Vital statistics of India. Vol. VI, European troops 1870-79
Year: 1870
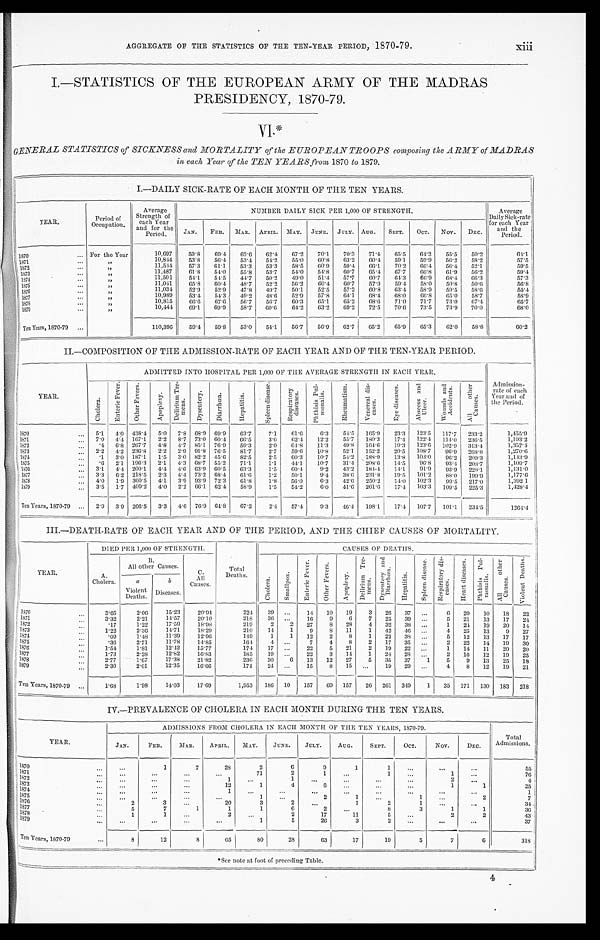
AGGREGATE OF THE STATISTICS OF THE TEN-YEAR PERIOD, 1870-79.
xiii
I.—STATISTICS OF THE EUROPEAN ARMY OF THE MADRAS
PRESIDENCY, 1870-79.
VI.*
GENERAL STATISTICS of SICKNESS and MORTALITY of the EUROPEAN TROOPS composing the ARMY of MADRAS
in each Year of the TEN YEARS ,from 1870 to 1879.
I.—DAILY SICK-RATE OF EACH MONTH OF THE TEN YEARS.
YEAR.
Period of
Occupation.
Average
Strength of
each Year
and for the
Period.
NUMBER DAILY SICK PER 1,000 OF STRENGTH.
Average
Daily Sick-rate
for each Year
and the
Period.
JAN.
FEB. MAR. APRIL. MAY. JUNE. JULY. AUG.
SEPT.
OCT.
NOV.
DEC.
1870
... For the Year
10,697
59.8
69.4
62.6
62.4
67.2
70.1
70.3
71.4
65.5
64.2
55.5
50.2
64.1
10,844
53.8
56.4
53.4
54.2
55.0
60.8
63.2
60.4
59.1
59.9
56.2
58.2
57.5
1871 ...
„ 11,544
57.3
61.1
53.3
53.3
58.5
60.9
59.4
66.1
70.2
66.4
56.4
52.1
59.5
1872
...
„
11,487
61.8
54.0
55.8
53.7
54.0
54.8
60.7
65.4
67.7
66.8
61.9
56.2
59.4
1873
...
„
11,501
54.1
54.5
44.7
50.2
49.0
51.4
57.7
60.7
64.3
66.9
68.4
66.3
57.3
1 8 7 4 . . .
„
11,041
65.8
60.4
48.7
52.2
56.2
60.4
60.7
57.9
59.4
58.0
50.8
50.6
56.8
1875
...
„
11,034
52.9
52.9
47.8
49.7
50.1
52.5
57.2
60.8
63.4
58.9
59.5
58.6
55.4
„
1876 ...
10,989
53.4
54.3
49.2
48.6
52.9
57.8
64.1
68.4
68.0
66.8
65.0
58.7
58.9
„
1877 ...
10,815
66.6
67.6
56.7
56.7
60.3
65.1
65.2
68.6
71.0
71.7
73.0 67.4
65.7
1878
...
„
10,444
69.1
69.9
58.7
60.6
64.2
63.2
69.2
72.5
70.6
73.5
73.9
70.0
68.0
1879 ...
„
Ten Years, 1870-79 ...
110,396
59.4
59.8
53.0
54.1
56.7
56.9
62.7
65.2
65.9
65.3
62.0
58.8
60.2
II.—COMPOSITION OF THE ADMISSION-RATE OF EACH YEAR AND OF THE TEN-YEAR PERIOD.
YEAR.
ADMITTED INTO HOSPITAL PER 1,000 OF THE AVERAGE STRENGTH IN EACH YEAR.
Admission-
rate of each
Year and of
the Period.
C h o l e r a .
E n t e r i c F e v e r .
O t h e r F e v e r s .
A p o p l e x y .
D e l i r i u m T r e - m e n s .
Dysentery.
D i a r r h œ a .
H e p a t i t i s .
S p l e e n d i s e a s e .
Respiratory diseases.
P t h i s i s P u l - m o n a l i s .
R h e u m a t i s m .
V e n e r a l d i s - e a s e s .
E y e d i s e a s e s .
A b s c e s s a n d U l c e r .
W o u n d s a n d A c c i d e n t s .
A l l o t h e r C a u s e s .
1870
...
5 . 1 4.0 438.4
5.0 7.8 68.9 69.9
63.7
7.1
61.6
6.3
54.5
165.9
23.3
123.5
117.7 233.2
1,455.9
1871
... 7.0 4.4 167.1
2.2
8.7 73.0 60.4 66.5
3.0
62.4
12.2
55.7
180.3
17.4 122.4
114.0
236.5
1,193.2
1872
...
.4 6.8 267.7
4.8 4.7 85.1 76.9
59.3
2.0
64.8
11.3
49.8
164.6
19.3 123.6
102.9
313.4
1,357.4
1873
... 2.2 4.2 236.8
2.2 2.9 91.8 76.5
81.7
2.7
59.6
10.8
52.1
152.2
20.5
108.7
96.9 268.8
1,270.6
1 8 7 4 . . .
.1
3.0 187.1
1.5
3.0 82.2 45.6
82.5
2.5
60.3
10.7
54.2
188.9
13.8 103.0
96.2 209.3
1,143.9
1875
...
.6
2.1 196.3
2.1 4.3 68.7 55.2
71.1
1.1
44.1
10.7
31.4
208.6
14.5
96.8
93.4
208.7
1,109.7
1876 ...
3.1
4.4 200.1
4.4 4.6 63.9 60.5
63.3
1.5
60.4
9.2
43.2
184.4
14.1
91.9
93.9
228.1
1,131.0
1 8 7 7 . . .
3.3 6.2 218.5
2.3 4.4 73.2 68.4
61.6
1.2
50.1
9.4
38.6
231.8
19.5
101.2
88.0 199.9
1,177.6
1878
... 4.0
1.9 360.5
4.1
3.9 93.9 72.3
61.8
1.8
56.0
6.3
42.6
250.2
14.0 102.3
9 9 . 5 217.0
1,392.1
1879 ...
3.5
1.7 409.2 4.0 2.2 66.1 62.4
58.9
1.5
54.2
6.0
41.6
261.6
17.4 103.3
109.5 225.3
1,428.4
Ten Years, 1870-79 ...
2.9 3.9 266.5
3.3
4.6 76.9 64.8
67.2
2.4
57.4
9.3
46.4 198.1
17.4 107.7
101.1
234.5
1264.4
III.—DEATH-RATE OF EACH YEAR AND OF THE PERIOD, AND THE CHIEF CAUSES OF MORTALITY.
YEAR.
DIED PER 1,000 OF STRENGTH.
Total
Deaths.
CAUSES OF DEATHS.
A.
Cholera.
B
All other Causes.
C.
All
Causes.
C h o l e r a .
S m a l l p o x .
E n t e r i c F e v e r .
O t h e r F e v e r s .
Apoplexy.
D e l i r i u m T r e - m e n s .
D y s e n t e r y a n d D i a r r h œ a .
H e p a t i t i s .
S p l e e n d i s e a s e .
R e s p i r a t o r y d i s - e a s e s .
H e a r t d i s e a s e s . P t h i s i s P u l - m o n a l i s .
A l l o t h e r C a u s e s .
V i o l e n t D e a t h s .
a
Violent
Deaths.
b
Diseases.
1870
...
3.65
2.06
15.23
20.94
224
39
...
14
10
19
3
26
37 ...
6
20
10
18
22
1 8 7 1 . . .
3.32
2.21
14.57
20.10
218
36 ...
16
9
6
7
25
39 ...
5
21
13
17
24
1872
...
.17
1.22
17.59
18.98
219
2
2
27
8
28
4
32
38 ...
1
24
19
20
14
1 8 7 3 . . .
1.22
2.36
14.71
18.29
210
14
1
9
8
11
1
42
46 ...
4
25
13
9
27
1874
...
.09
1.48
11.39
12.96
149
1
1
12
2
8
1
22
38 ...
5
12
13
17
17
1 8 7 5 . . .
.36
2.71
11.78
14.85
164
4 ...
7
4
8
2
17
35 ...
2
22
14
19
30
1876
...
1.54
1.81
12.42
15.77
174
17 ...
22
5
21
2
19
22 ...
1
14
11
20
20
1877
...
1.73
2.28
12.82
16.83
185
19 ...
22
3
14
1
24
28 ...
2
16
12
19
25
1 8 7 8 . . .
2.77
1.67
17.38
21.82
236
30
6
13
12
27
5
35
37
1
5
9
13
25
18
1879
...
2.30
2.01
12.35
16.66
174
24 ...
15
8
15 ...
19
29 ...
4
8
12
19
21
Ten Years, 1870-79...
1.68
1.98
14.03
17.69
1,953
186 10
157
69 157
26 261 349
1
35 171 130 183 218
IV.—PREVALENCE OF CHOLERA IN EACH MONTH DURING THE TEN YEARS.
YEAR.
ADMISSIONS FROM CHOLERA IN EACH MONTH OF THE TEN YEARS, 1870-79.
Total
Admissions.
JAN.
FEB.
MAR.
APRIL.
MAY.
JUNE.
JULY.
AUG.
SEPT.
OCT.
NOV.
DEC.
1870 ...
...
1
7
28
2
6
9
1
1
...
...
...
55
1 8 7 1 . . .
...
...
...
...
71
2
1
...
1
...
1
...
76
1 8 7 2 . . .
...
...
...
1
...
1
. . . ...
...
...
2
...
4
1 8 7 3 . . .
...
...
...
12
1
4
6 ...
...
...
1
1
25
1 8 7 4 . . .
...
...
...
1
...
...
...
...
...
...
...
...
1
1875
...
...
...
...
...
1 ...
2
1
...
1 ...
2
7
1 8 7 6 . . .
2
3 ...
20
3
2
...
1
2
1
...
...
34
1 8 7 7 . . .
5
7
1
1
1
6
2
...
8
3
1
1
36
1878
...
1
1 ...
2
...
2
17
11
5 ...
2
2
43
1879
...
...
. . . ...
...
1
5
26
3
2
...
...
...
37
Ten Years, 1870-79
...
8
12
8
65
80
28
63
17
19
5
7
6
318
*See note at foot of preceding Table.
4